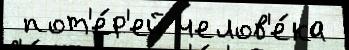
 пот'е́р'ей челов'е́ка